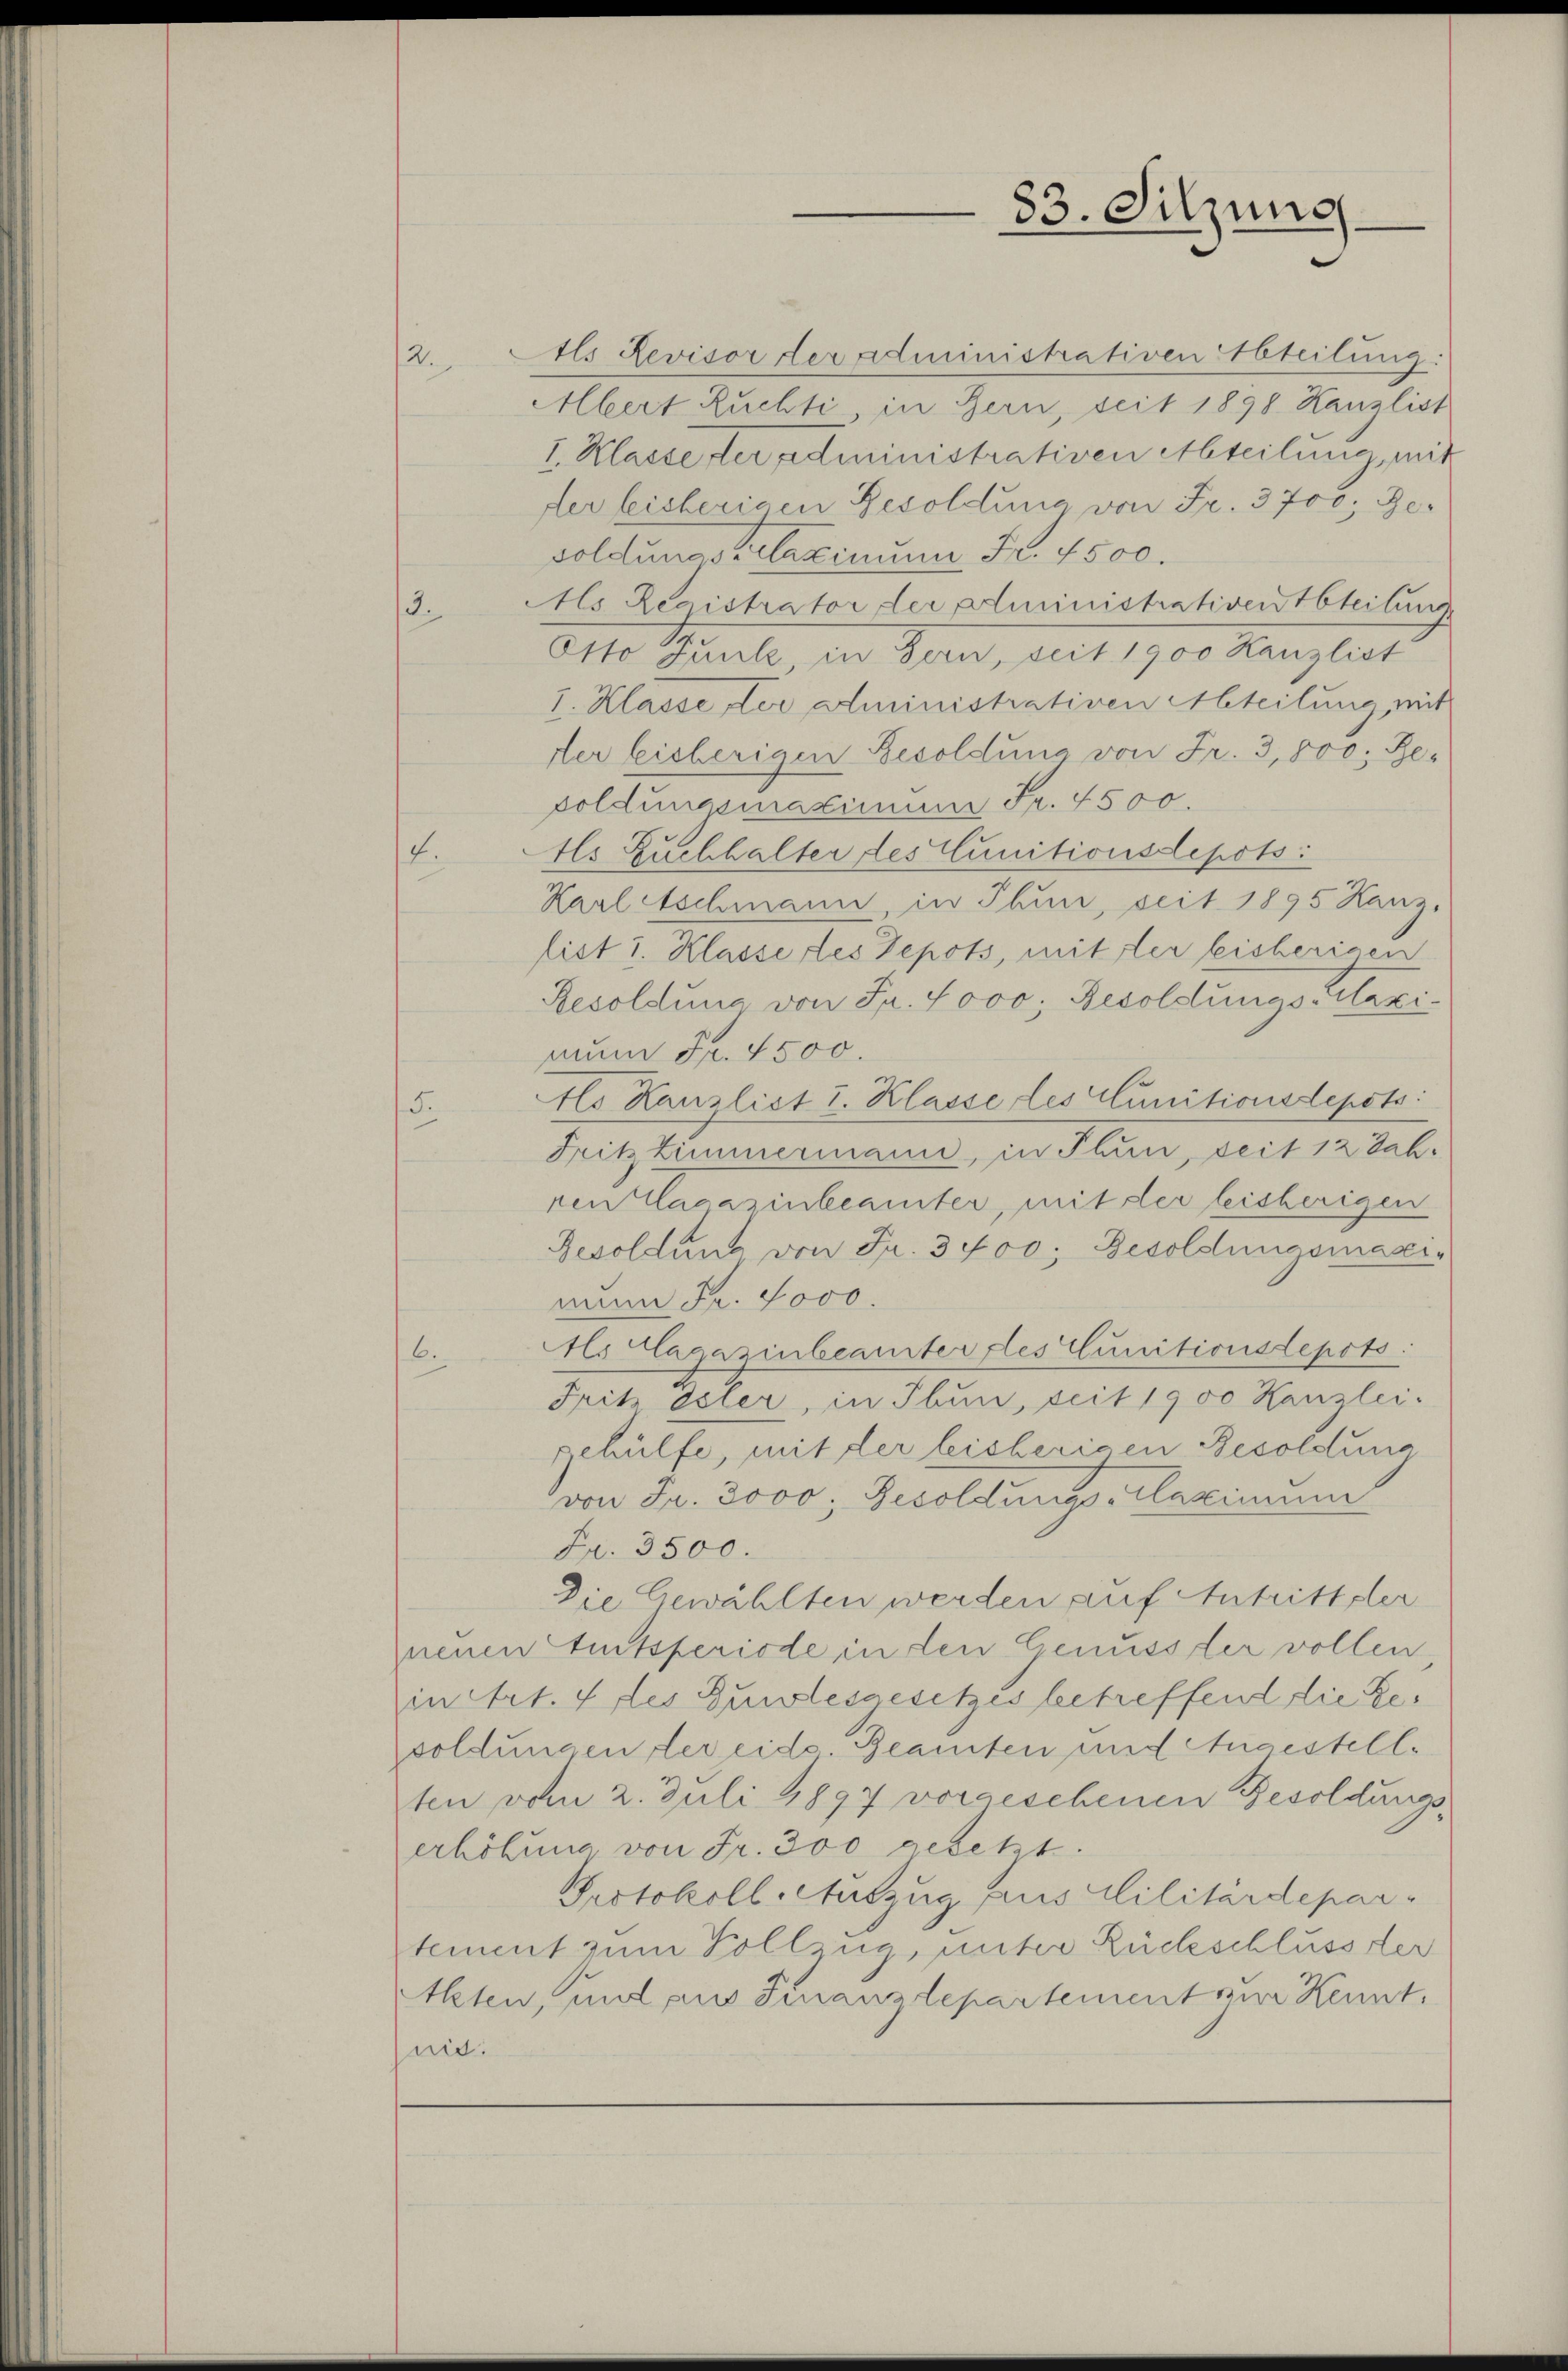
tls Revisor der administrativen Abteilung:
Albert Ruchti in Bern, seit 1898. Kanzlist
I. Klasse der administrativen Abteilung, mit
der bisherigen Besoldung von Fr. 3700; Gesoldungsrelaxinum Fr. 4500.
Als Registrator der Administrativenteilung
Otto Mark, in Bern, mit 1900 Kanzleit
1. Klasse der Administrativen Abteilung, mit
der leicherigen Besoldung von Fr. 3,500, Besoldungsmaximum Fr. 4500.
.
Als Zuchhalter des Cunitionsdepots:
Karl Aschmann, in Thun, seit 1895 Kanz.
list 1. Klasse des Depots, mit der bisherigen
Besoldung von Fr. 4000; Resoldungs Plazinum Fr. 4500.
tlo Kanzlict I. Klasse des Cunitionsdepots:
15.
Fritz Zimmermann, in Thun, seit 12 Jah-
ren Klagazinbeamter, mit der bisherigen
Resoldung von Fr. 3400. Besoldungsmaar.
nunn Fr. 4000.
Als Clagazinbeamter des Cunitionstepots:
6.
Pritz Isler, in Thun, seit 1900 Kanzlei-
gehülfe, mit der leisherigen Besoldung
von Fr. 3000; Gesoldungs-Caximum
Fr. 3500.
Die Gewählten werden auf Antritt der
jnenen Amtsperiode in den Genuss der vollen,
in Art. 4 des Zustesgesetzes betreffend die Resoldungen der eide. Beamten und Angestellten vom 2. Juli 1897 vorgeschenen Besoldungserhöhung von Fr. 300 gesetzt.
Protokoll. Auszug aus Militärdepar-
tement zum Vollzug, unter Rückschluss der
Alsten, und aus Finanzdepartement zur Kennt.
mit:

3.

2.

33. Sitzung